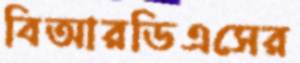
বিআরডিএসের